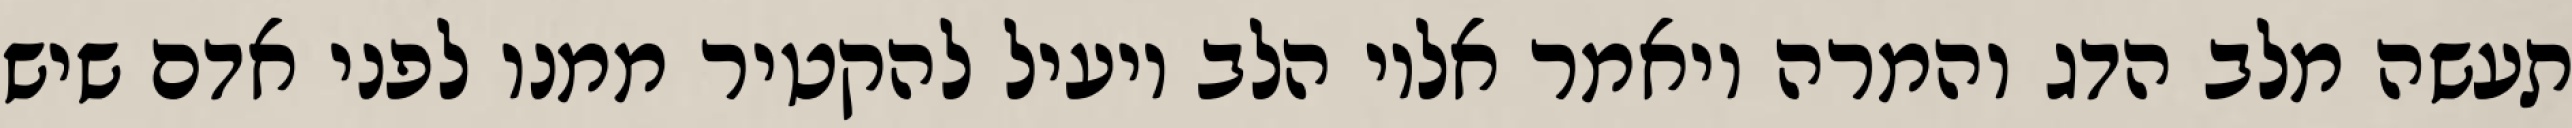
תעשה מלב הדג והמרה ויאמר אליו הלב יועיל להקטיר ממנו לפני אדם שיש